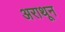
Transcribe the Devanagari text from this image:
अराथून